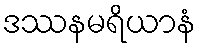
ဒဿနမရိယာနံ